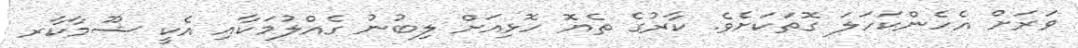
ވަރަށް އެހެންކަހަލަ ގޮތަކަށެވެ. ކާރުގެ ތެޔޮ ހޮޅިއަށް ލިބުނު ގެއްލުމަކާއި އެކީ ޝޫމާކާރ